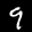
Label: 9